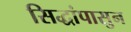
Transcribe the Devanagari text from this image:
सिद्धांपासुन